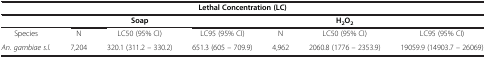
<table><thead><tr><td colspan="7"><b>Lethal Concentration (LC)</b></td></tr><tr><td><b> </b></td><td><b> </b></td><td><b>Soap</b></td><td><b> </b></td><td><b> </b></td><td><b>H<sub>2</sub>O<sub>2</sub></b></td><td><b> </b></td></tr></thead><tbody><tr><td>Species</td><td>N</td><td>LC50 (95% CI)</td><td>LC95 (95% CI)</td><td>N</td><td>LC50 (95% CI)</td><td>LC95 (95% CI)</td></tr><tr><td><i>An. gambiae s.l.</i></td><td>7,204</td><td>320.1 (311.2 – 330.2)</td><td>651.3 (605 – 709.9)</td><td>4,962</td><td>2060.8 (1776 – 2353.9)</td><td>19059.9 (14903.7 – 26069)</td></tr></tbody></table>